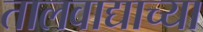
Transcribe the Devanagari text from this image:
तालवाद्याच्या